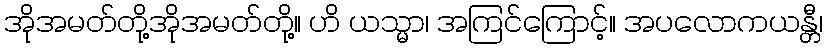
အိုအမတ်တို့အိုအမတ်တို့။ ဟိ ယသ္မာ၊ အကြင်ကြောင့်။ အပလောကယန္တီ၊